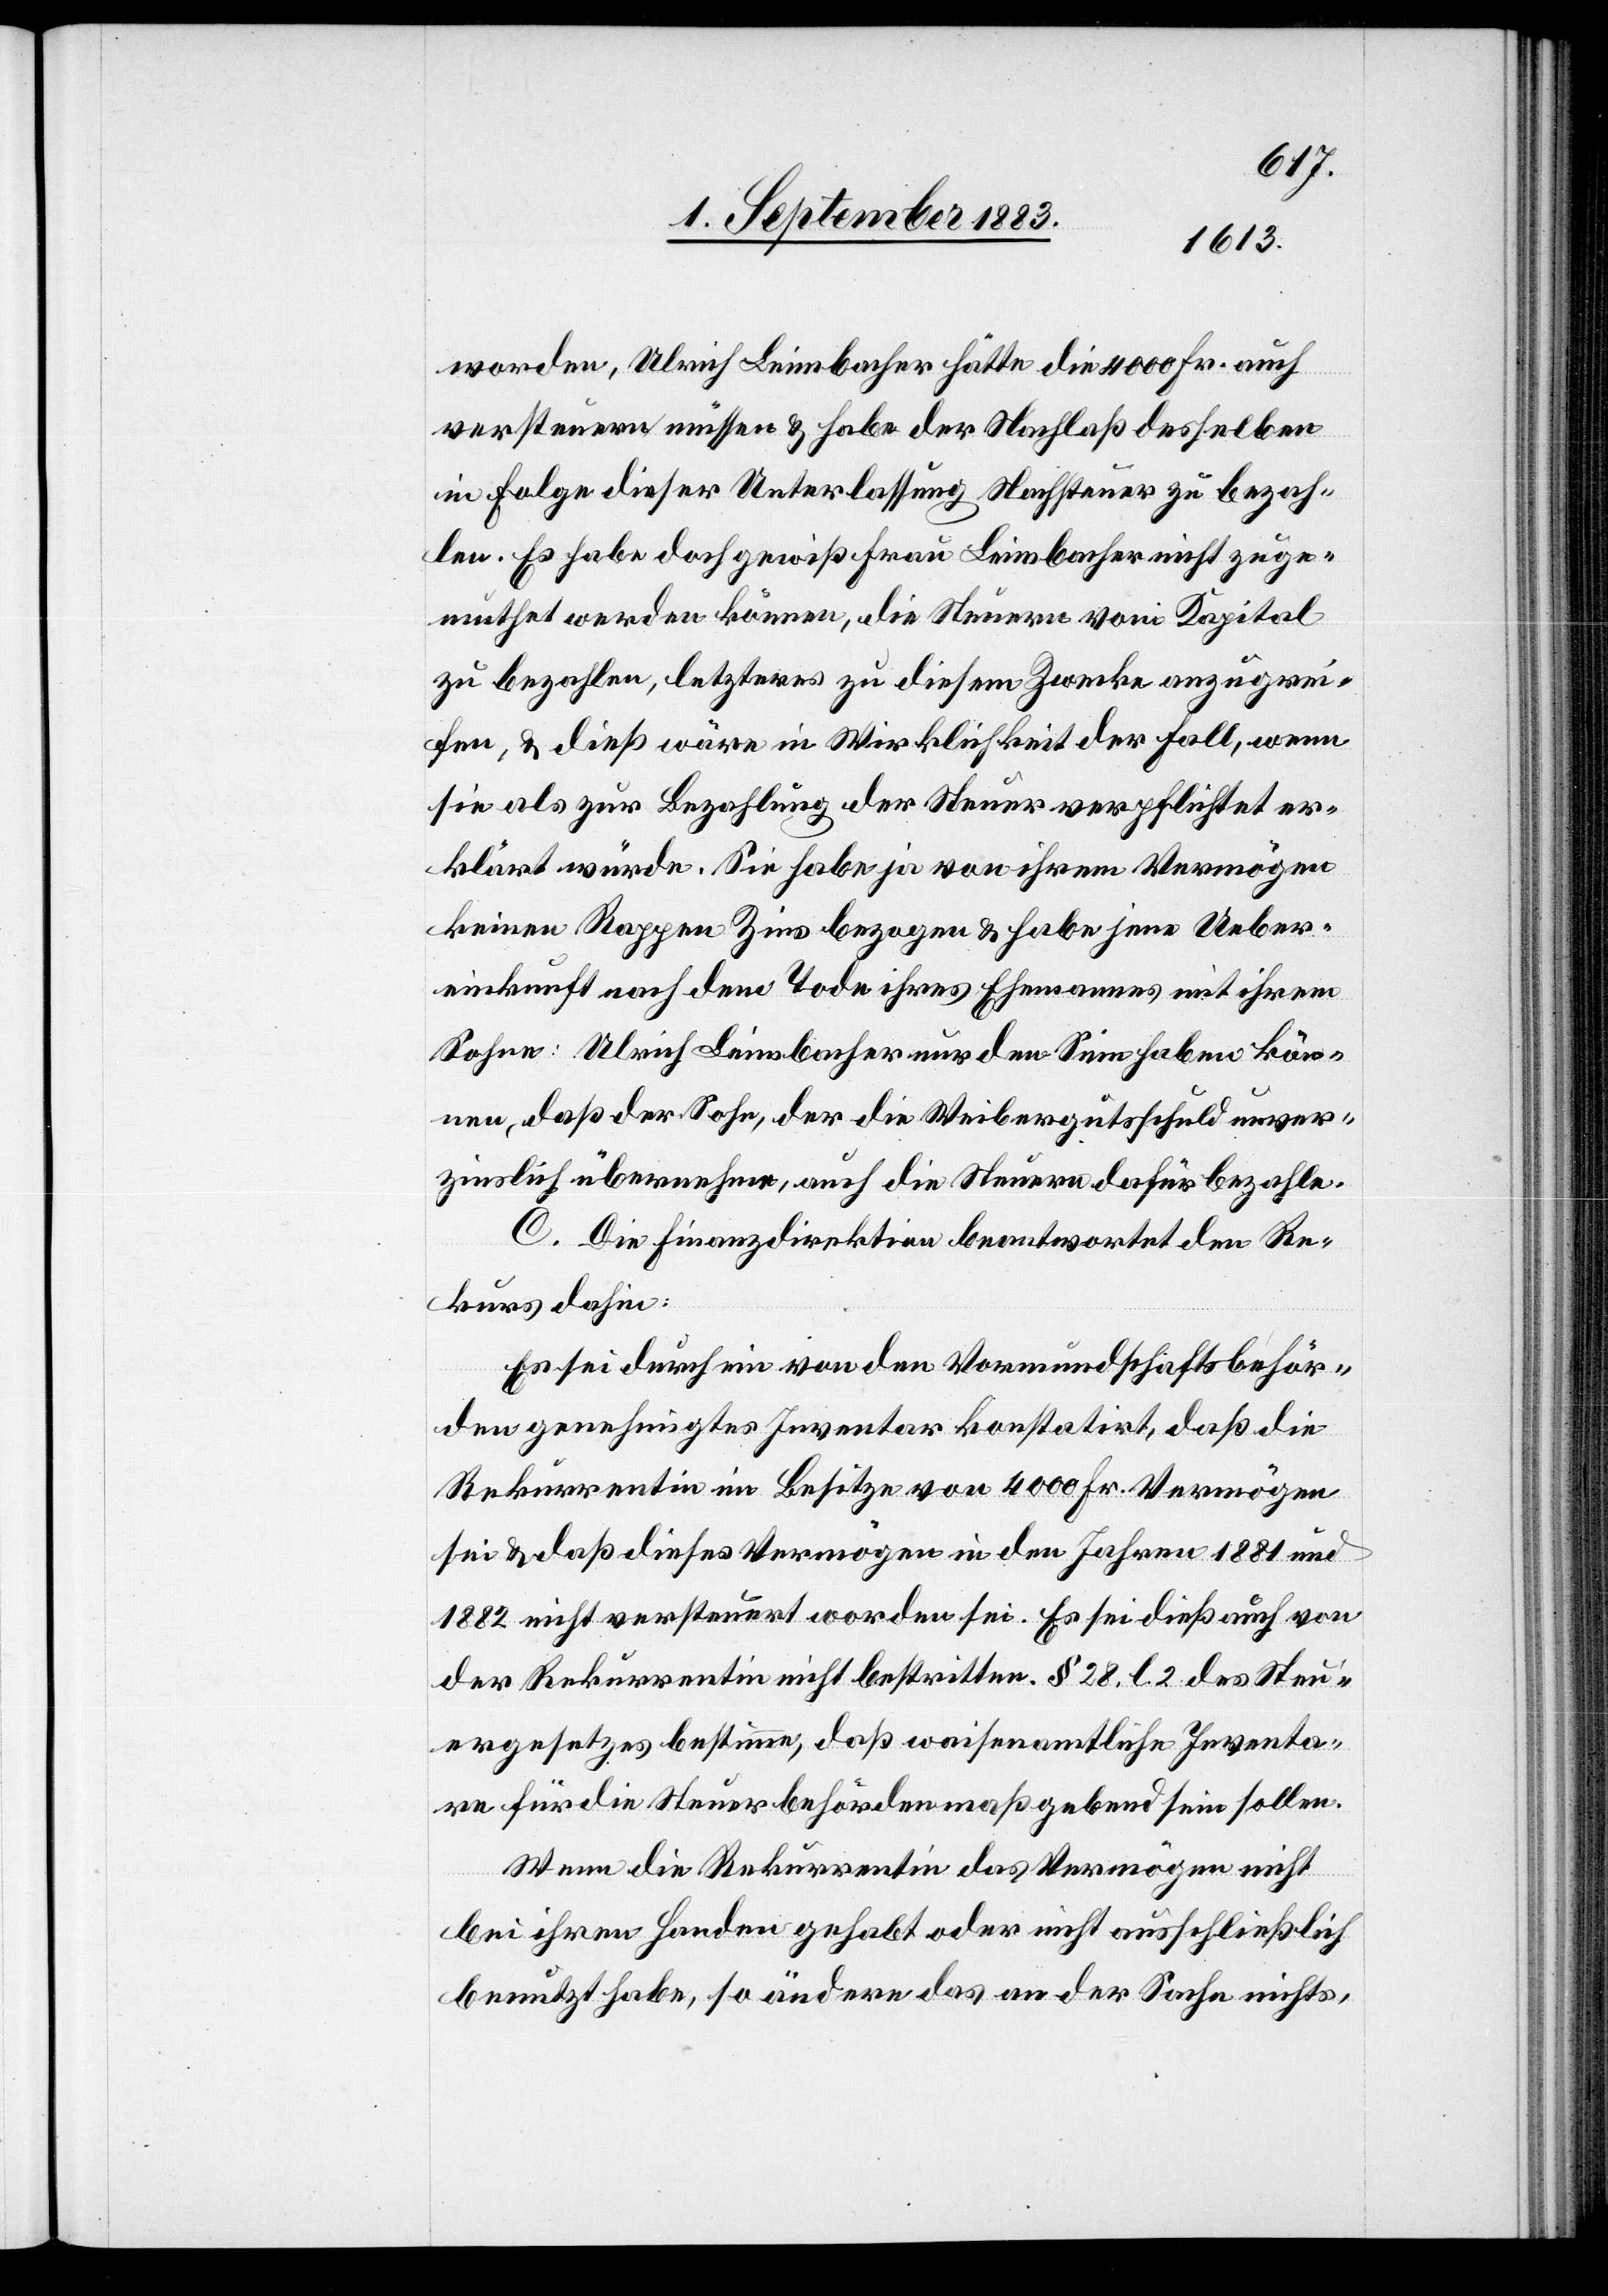
worden, Ulrich Leimbacher hätte die 4000 Fr. auch
versteuern müssen & habe der Nachlaß desselben
in Folge dieser Unterlassung Nachsteuer zu bezah¬
len. Es habe doch gewiß Frau Leimbacher nicht zuge¬
muthet werden können, die Steuern vom Kapital
zu bezahlen, letzteres zu diesem Zwecke anzugrei¬
fen, & dieß wäre in Wirklichkeit der Fall, wenn
sie als zur Bezahlung der Steuer verpflichtet er¬
klärt würde. Sie habe ja von ihrem Vermögen
keinen Rappen Zins bezogen & habe jene Ueber¬
einkunft nach dem Tode ihres Ehemannes mit ihrem
Sohne Ulrich Leimbacher nur den Sinn haben kön¬
nen, daß der Sohn, der die Weibergutschuld unver¬
zinslich übernehme, auch die Steuern dafür bezahle.
C. Die Finanzdirektion beantwortet den Re¬
kurs dahin:
Es sei durch ein von den Vormundschaftsbehör¬
den genehmigtes Inventar konstatirt, daß die
Rekurrentin im Besitze von 4000 Fr. Vermögen
sei & daß dieses Vermögen in den Jahren 1881 und
1882 nicht versteuert worden sei. Es sei dieß auch von
der Rekurrentin nicht bestritten. § 28, l. 2 des Steu¬
ergesetzes bestimme, daß waisenamtliche Inventa¬
re für die Steuerbehörden maßgebend sein sollen.
Wenn die Rekurrentin das Vermögen nicht
bei ihren Handen gehabt oder nicht ausschließlich
benutzt habe, so ändere das an der Sache nichts,